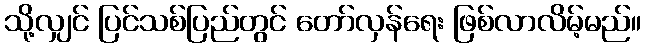
သို့လျှင် ပြင်သစ်ပြည်တွင် တော်လှန်ရေး ဖြစ်လာလိမ့်မည်။